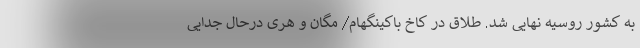
به کشور روسیه نهایی شد. طلاق در کاخ باکینگهام/ مگان و هری درحال جدایی